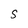
Character: S